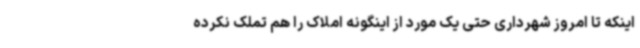
اینکه تا امروز شهرداری حتی یک مورد از اینگونه املاک را هم تملک نکرده